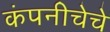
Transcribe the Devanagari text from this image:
कंपनीचेचे